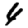
Digit: 4